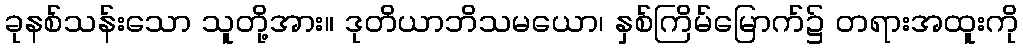
ခုနစ်သန်းသော သူတို့အား။ ဒုတိယာဘိသမယော၊ နှစ်ကြိမ်မြောက်၌ တရားအထူးကို